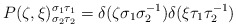
\begin{align*}P(\zeta,\xi)^{\sigma_1\tau_1}_{\sigma_2\tau_2}= \delta(\zeta\sigma_1\sigma_2^{-1})\delta(\xi\tau_1\tau_2^{-1})\end{align*}